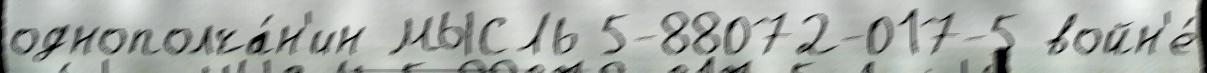
однополча́н'ин МЫСЛЬ 5-88072-017-5 войн'е́